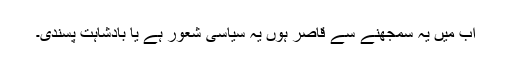
اب میں یہ سمجھنے سے قاصر ہوں یہ سیاسی شعور ہے یا بادشاہت پسندی۔